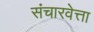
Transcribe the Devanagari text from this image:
संचारवेत्ता